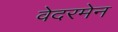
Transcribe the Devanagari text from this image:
वेदरमेन